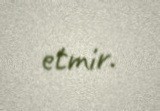
etmir.